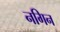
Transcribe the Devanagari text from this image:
नगिन